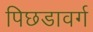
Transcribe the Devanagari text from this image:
पिछडावर्ग